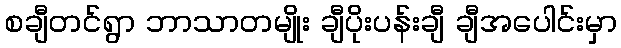
စချီတင်ရွာ ဘာသာတမျိုး ချီပိုးပန်းချီ ချီအပေါင်းမှာ